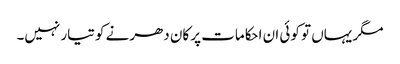
مگر یہاں تو کوئی ان احکامات پر کان دھرنے کو تیار نہیں۔